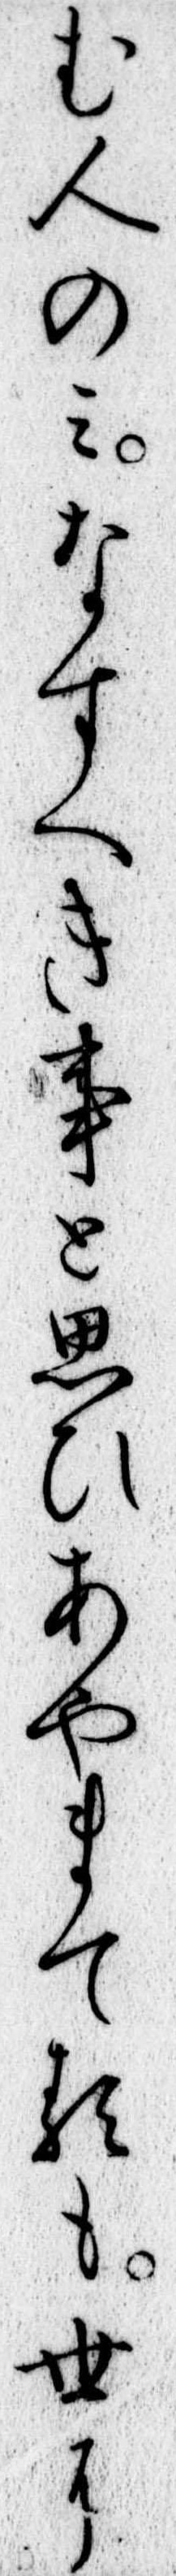
む人のみなすへき事と思ひあやまてるも世に